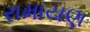
રામાયણ